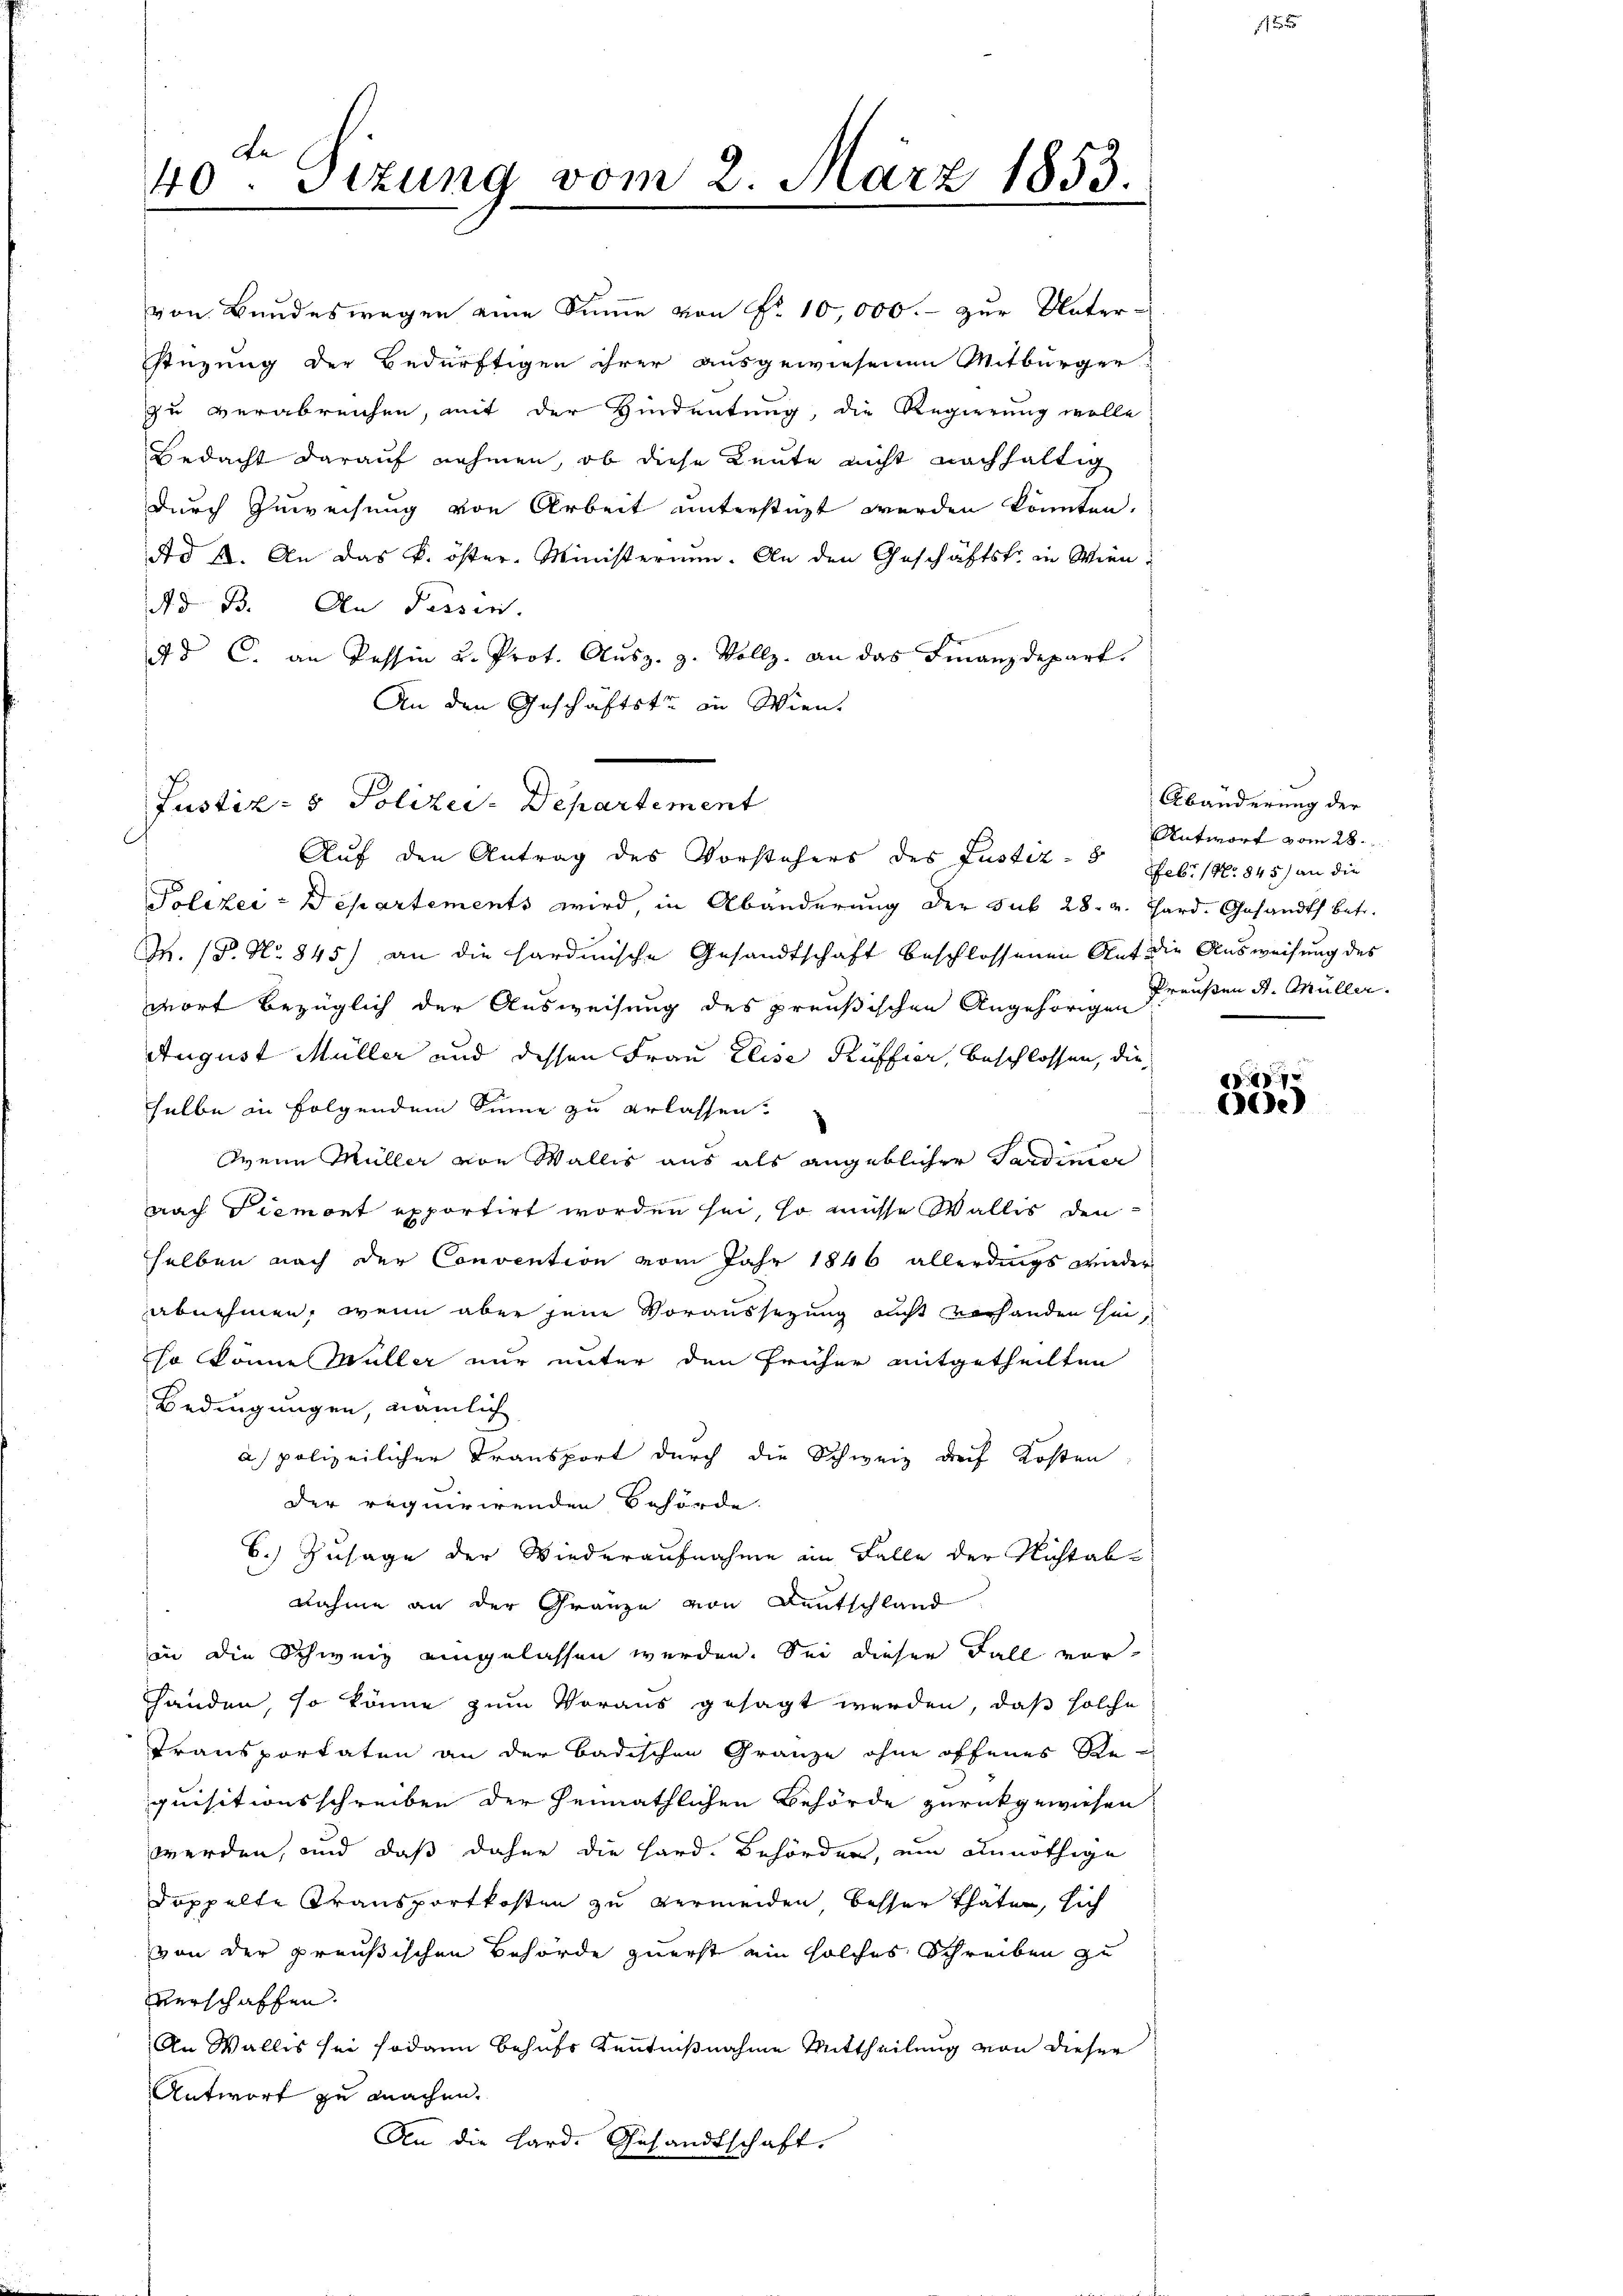
A.
40. Dezung vom 2. März 1853.

An den Geschäftste in Wien.

von Bundeswegen eine Summe von Nr. 10,000.- zur Unter-
stüzung der Bedürftigen ihrer ausgewiesenen Mitbürger
zu verabreichen, mit der Hindeutung, die Regierung wolle
Bedacht darauf nehmen, ob diese Leute nicht nachhaltig
durch Zuweisung von Arbeit unterstüzt werden könnten.
Ad 2. An das k. öster-Ministerium. An den Geschäftste in Wien.
Ad B. An Tessin.
4d C. an Tessin u. Prot. Aŭsz. 3. Vollz. an das Finanzdepart.

Auf den Antrag des Vorstehers des Justiz - 8
Polizei-Departements wird, in Abänderung der sub 28. v. Hard. Gesandts betr.
M. (§. N. 845) an die hardische Gesandtschaft beschlossenen Auf die Ausweisung des
wort bezüglich der Ausweisung des preußischen Angehörigen Preußen d. Müller.
August Müller und dessen Frau Elise Rüffier, beschlossen, die
selbe in folgendem Sinne zu erlassen.
Wein Müller von Wallis aus als angeblicher Sardinar
nach Piemont exportirt worden sei, so müsse Wallis den
selben nach der Convention vom Jahr 1846 allerdings wieder
abnehmen, wenn aber jene Voraussezung nicht vorhanden sei,
so könne Müller nur unter den früher mitgetheilten
Bedingungen, nämlich
a polizeilicher Transport durch die Schweiz des Kosten
der requirirenden Behörde.
6.) Zusage der Wiederaufnahme im Falle der Nichtabnahme an der Gränze von Deutschland
in die Schweiz eingelassen werden. Sei dieser Fall vor¬
Händen, so könne zum Voraus gesagt werden, daß solche
Transportaten an der badischen Gränze ohne offenes Re-
quisitionsschreiben der heimathlichen Behörde zurückgewiesen
werden, und daß daher die Hard. Behörder, ein unnöthige
doppelte Transportkosten zu vermeiden besser thäten, sich
von der preußischen Behörde zuerst ein solches Schreiben zu
verschaffen.
An Wallis sei sodann behufs Kenntnißnahme Mittheilung von dieser
Antwort zu machen.
An die Hard. Gesandtschaft.

Justiz- & Polizei-Departement

Abänderung der
Antwort vom 28.
Feb. (N. 845) an die

5

7
e)